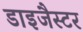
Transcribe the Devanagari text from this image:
डाइजैस्टर